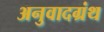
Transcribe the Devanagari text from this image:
अनुवादग्रंथ